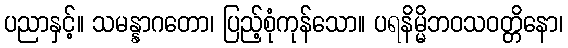
ပညာနှင့်။ သမန္နာဂတော၊ ပြည့်စုံကုန်သော။ ပရနိမ္မိဘဝသဝတ္တိနော၊